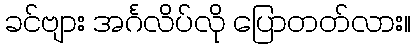
ခင်ဗျား အင်္ဂလိပ်လို ပြောတတ်လား။